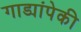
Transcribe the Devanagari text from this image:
गाड्यांपेकी